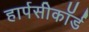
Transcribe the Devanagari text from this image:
हार्पसीकॉर्ड